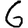
Digit: 6